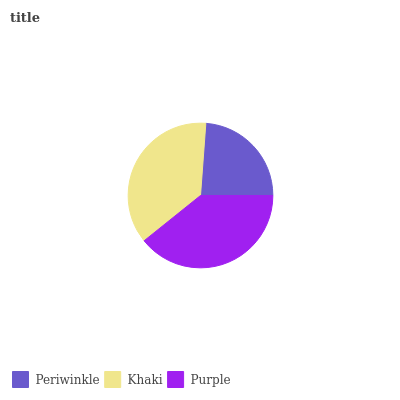
| Periwinkle | Khaki | Purple |
 | --- | --- | --- |
 | 23.9% | 36.9% | 39.2% |